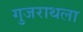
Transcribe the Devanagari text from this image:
गुजराथला